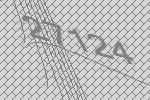
27124